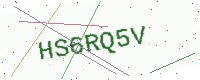
Text: HS6RQ5V